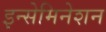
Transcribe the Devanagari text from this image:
इन्सेमिनेशन